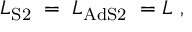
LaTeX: { L } _ { \mathrm { S 2 } } \; = \; { L } _ { \mathrm { A d S 2 } } \; = L \ ,